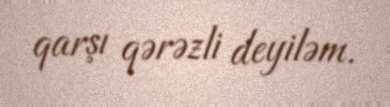
qarşı qərəzli deyiləm.